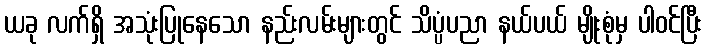
ယခု လက်ရှိ အသုံးပြုနေသော နည်းလမ်းများတွင် သိပ္ပံပညာ နယ်ပယ် မျိုးစုံမှ ပါဝင်ပြီး